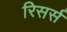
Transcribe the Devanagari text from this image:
रिसर्स